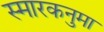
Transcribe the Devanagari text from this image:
स्मारकनुमा